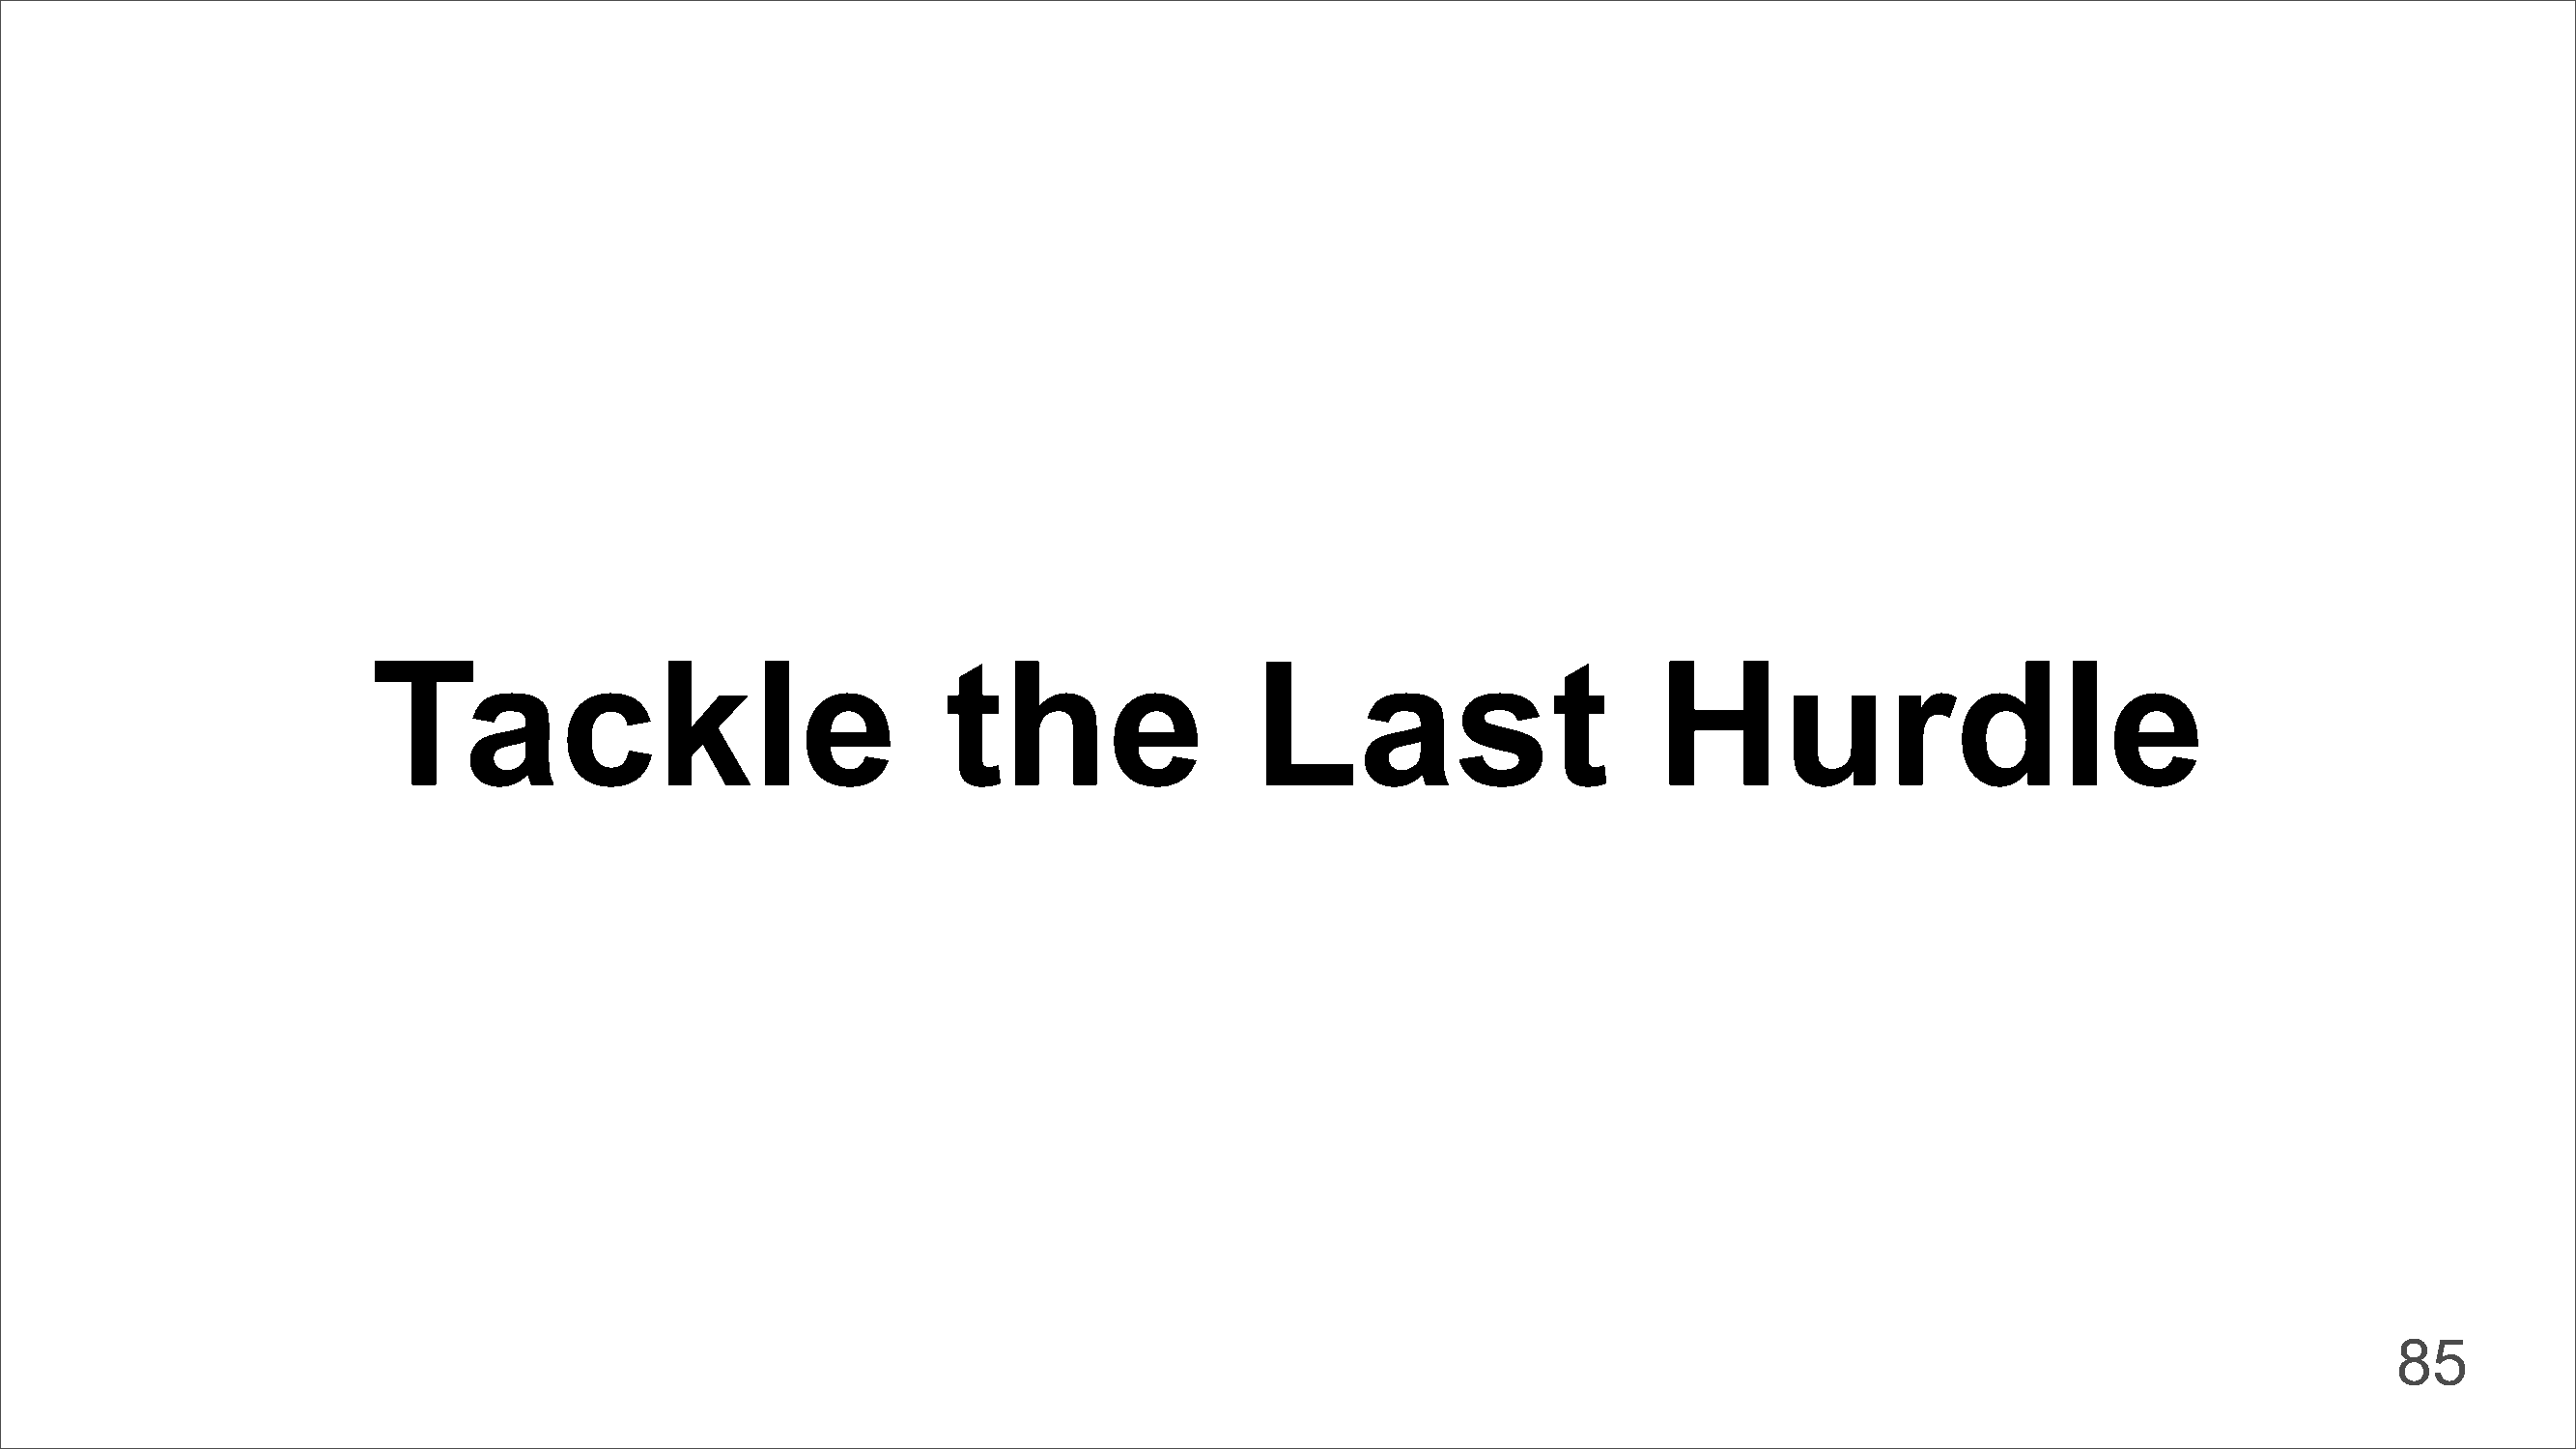
Tackle                                  the                  Last                        Hurdle
 85